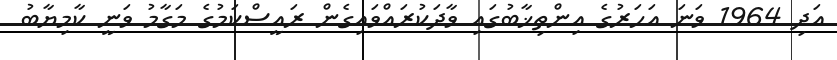
އަދި 1964 ވަނަ އަހަރުގެ އިންތިޚާބުގައި ވާދަކުރައްވައިގެން ރައީސްކަމުގެ މަގާމު ވަނީ ކާމިޔާބު